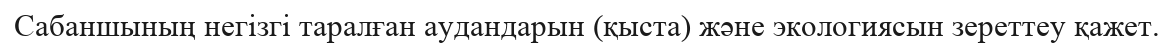
Сабаншының негізгі таралған аудандарын (қыста) және экологиясын зереттеу қажет.